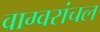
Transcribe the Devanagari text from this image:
वाग्वरांचल